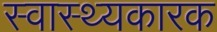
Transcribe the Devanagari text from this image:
स्वास्थ्यकारक